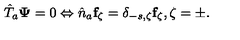
\hat { T } _ { a } { \bf \Psi } = 0 \Leftrightarrow \hat { n } _ { a } { \bf f } _ { \zeta } = \delta _ { - s , \zeta } { \bf f } _ { \zeta } , \zeta = \pm .